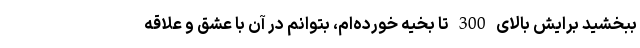
ببخشید برایش بالای 300 تا بخیه خورده‌ام، بتوانم در آن با عشق و علاقه